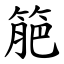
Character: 䈈